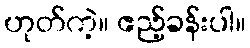
ဟုတ်ကဲ့။ ဧည့်ခန်းပါ။